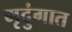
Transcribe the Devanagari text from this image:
मृदुंगात